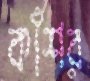
কাঁশর